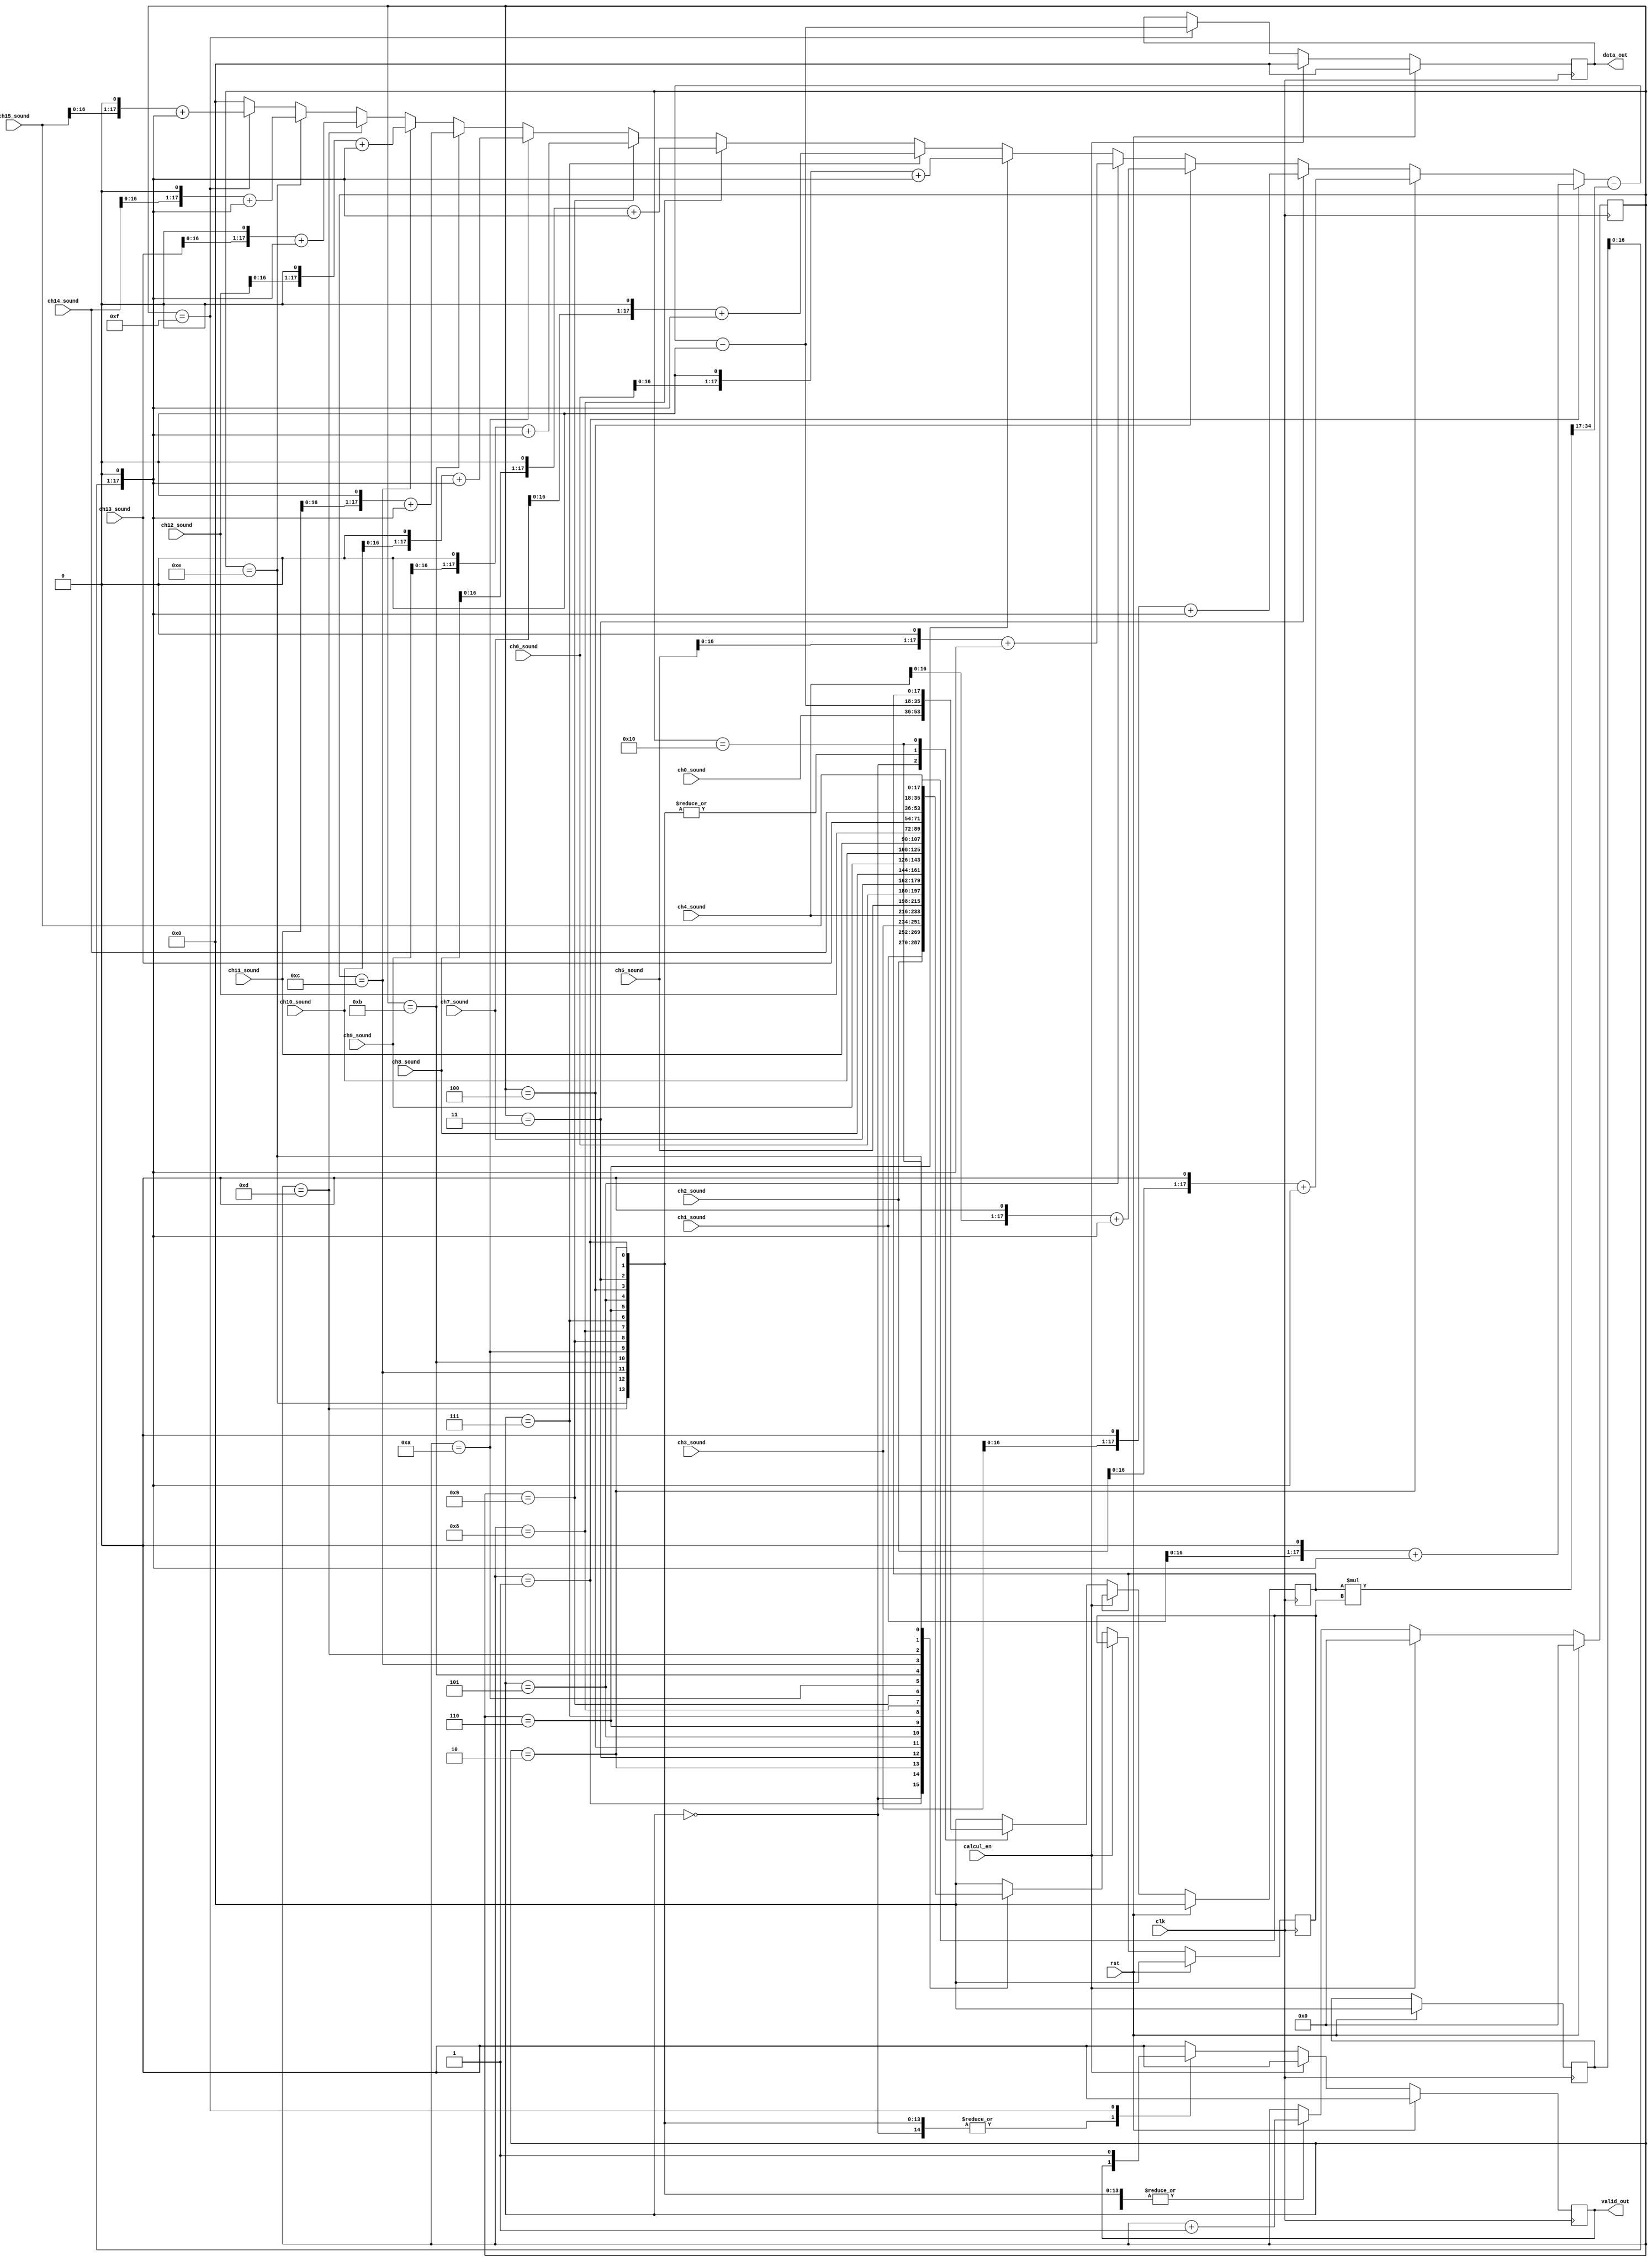
`timescale 1ns / 1ps
module channel_mixer(
    input clk,
    input rst,
    input calcul_en,
    input [17:0] ch0_sound,
    input [17:0] ch1_sound,
    input [17:0] ch2_sound,
    input [17:0] ch3_sound,
    input [17:0] ch4_sound,
    input [17:0] ch5_sound,
    input [17:0] ch6_sound,
    input [17:0] ch7_sound,
    input [17:0] ch8_sound,
    input [17:0] ch9_sound,
    input [17:0] ch10_sound,
    input [17:0] ch11_sound,
    input [17:0] ch12_sound,
    input [17:0] ch13_sound,
    input [17:0] ch14_sound,
    input [17:0] ch15_sound,
    output reg [17:0] data_out,
    output reg valid_out
);

/*
 * Base on
 * Viktor T. Toth - Mixing digital audio
 * http://www.vttoth.com/CMS/index.php/technical-notes/68 
 */


reg [4:0] count;
reg [17:0] inter_calcul;
reg [17:0] A,B;
wire [35:0] product;
wire [18:0]const;
assign const = 1<<18;
wire [18:0] product_remove;

wire [21:0] add_value =
(count == 1) ? ((ch1_sound << 1) + (inter_calcul<<1)):
(count == 2) ? ((ch2_sound << 1) + (inter_calcul<<1)):
(count == 3) ? ((ch3_sound << 1) + (inter_calcul<<1)):
(count == 4) ? ((ch4_sound << 1) + (inter_calcul<<1)):
(count == 5) ? ((ch5_sound << 1) + (inter_calcul<<1)):
(count == 6) ? ((ch6_sound << 1) + (inter_calcul<<1)):
(count == 7) ? ((ch7_sound << 1) + (inter_calcul<<1)):
(count == 8) ? ((ch8_sound << 1) + (inter_calcul<<1)):
(count == 9) ? ((ch9_sound << 1) + (inter_calcul<<1)):
(count == 10) ? ((ch10_sound << 1) + (inter_calcul<<1)):
(count == 11) ? ((ch11_sound << 1) + (inter_calcul<<1)):
(count == 12) ? ((ch12_sound << 1) + (inter_calcul<<1)):
(count == 13) ? ((ch13_sound << 1) + (inter_calcul<<1)):
(count == 14) ? ((ch14_sound << 1) + (inter_calcul<<1)):
(count == 15) ? ((ch15_sound << 1) + (inter_calcul<<1)):
21'h000000;



assign product_remove = product[35:17];

wire [30:0] calcul = add_value - product_remove - const;

assign product = A * B;

always @(posedge clk)
if (rst == 1'b1) begin
  count <= 5'h00;
  inter_calcul <= 18'h00000;
  valid_out <= 1'b0;
  A <= 18'h00000;
  B <= 18'h00000;
  data_out <= 18'h00000;
end
else begin
 if (calcul_en == 1'b1) begin
   valid_out <= 1'b0;
   count <= 5'h00;
	data_out <= 18'h00000;
	end
 else
   case (count)
	5'd0 : begin
	A <= ch0_sound;
	B <= ch1_sound;
	count <= count +1;
	end
	5'd1 : begin
	B <= ch2_sound;
	A <= calcul[17:0];
	// A & inter_calcul have result of muxing 2 channel
	count <= count +1;
	end
	5'd2 : begin
	B <= ch3_sound;
	A <= calcul[17:0];
	// inter_calcul have result of muxing 3 channel
	count <= count +1;
	end
	5'd3 : begin
	B <= ch4_sound;
	A <= calcul[17:0];
	// inter_calcul have result of muxing 4 channel
	count <= count +1;
	end			
	5'd4 : begin
	B <= ch5_sound;
	A <= calcul[17:0];
	// inter_calcul have result of muxing 5 channel
	count <= count +1;
	end
	5'd5 : begin
	B <= ch6_sound;
	A <= calcul[17:0];
	// inter_calcul have result of muxing 6 channel
	count <= count +1;
	end
	5'd6 : begin
	B <= ch7_sound;
	A <= calcul[17:0];
	// inter_calcul have result of muxing 7 channel
	count <= count +1;
	end
	5'd7 : begin
	B <= ch8_sound;
	A <= calcul[17:0];
	// inter_calcul have result of muxing 8 channel
	count <= count +1;
	end
	5'd8 : begin
	B <= ch9_sound;
	A <= calcul[17:0];
	// inter_calcul have result of muxing 9 channel
	count <= count +1;
	end
	5'd9 : begin
	B <= ch10_sound;
	A <= calcul[17:0];
	// inter_calcul have result of muxing 10 channel
	count <= count +1;
	end
	5'd10 : begin
	B <= ch11_sound;
	A <= calcul[17:0];
	// inter_calcul have result of muxing 11 channel
	count <= count +1;
	end
	5'd11 : begin
	B <= ch12_sound;
	A <= calcul[17:0];
	// inter_calcul have result of muxing 12 channel
	count <= count +1;
	end
	5'd12 : begin
	B <= ch13_sound;
	A <= calcul[17:0];
	// inter_calcul have result of muxing 13 channel
	count <= count +1;
	end
	5'd13 : begin
	B <= ch14_sound;
	A <= calcul[17:0];
	count <= count +1;
	end
	5'd14 : begin
	B <= ch15_sound;
	A <= calcul[17:0];
	// inter_calcul have result of muxing 15 channel
	count <= count +1;
	end
	5'd15 : begin
	A <= 17'h00000;
	B <= 17'h00000;
	data_out <= calcul[17:0];
	valid_out <= 1'b1;
	// inter_calcul have result of muxing 16 channel
	count <= count +1;
	end
	5'd16 : begin
	valid_out <= 1'b0;
	count <= count +1;
	end
	default : 
	begin
	A <= 17'h00000;
	B <= 17'h00000;
	valid_out <= 1'b0;
	end	  
	endcase

end

endmodule